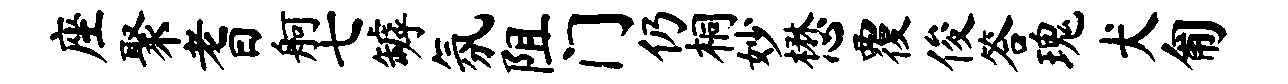
座聚耆舸七罅氛阻门仍桐妙懋覆俊答瑰犬匍